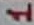
Text: 1